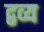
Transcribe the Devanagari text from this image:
द्वव्य